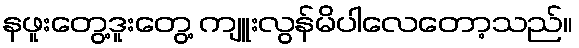
နဖူးတွေ့ဒူးတွေ့ ကျူးလွန်မိပါလေတော့သည်။